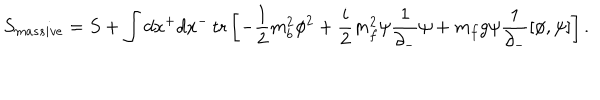
S _ { m a s s i v e } = S + \int d x ^ { + } d x ^ { - } \, \mathrm { t r } \left[ - \frac { 1 } { 2 } m _ { b } ^ { 2 } \phi ^ { 2 } + \frac { i } { 2 } m _ { f } ^ { 2 } \psi \frac { 1 } { \partial _ { - } } \psi + m _ { f } g \psi \frac { 1 } { \partial _ { - } } [ \phi , \psi ] \right] .